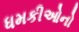
ધમકીઓનો